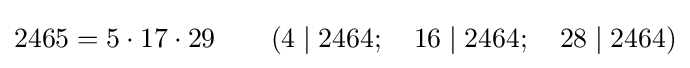
2465=5\cdot 17\cdot 29\qquad (4\mid 2464;\quad 16\mid 2464;\quad 28\mid 2464)